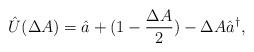
LaTeX: \begin{align*}\hat{U}(\Delta A)=\hat a+(1-\frac{\Delta A}{2})-\Delta A \hat a^{\dag},\end{align*}